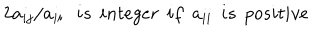
2 a _ { i j } / a _ { i i } \: \: \: i s \: \: i n t e g e r \: \: i f \: \: a _ { i i } \: \: i s \: \: p o s i t i v e